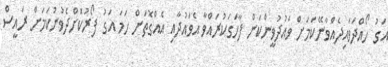
އަގު ހޯއްދަވައިދެއްވާނޭކަމަށް ވައުދުވީންކަން ފާހަގަކުރައްވާ އެވައުދާއި އެއްގޮތަށް ހަމަ އަގު ފޯރުކޮށްދެވުނުކަމަށް ރައީސް